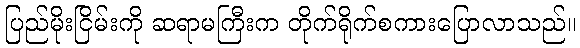
ပြည်မိုးငြိမ်းကို ဆရာမကြီးက တိုက်ရိုက်စကားပြောလာသည်။